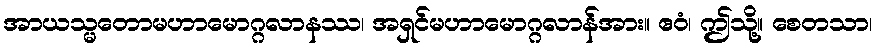
အာယသ္မတောမဟာမောဂ္ဂလာနဿ၊ အရှင်မဟာမောဂ္ဂလာန်အား။ ဧဝံ၊ ဤသို့။ စေတသာ၊